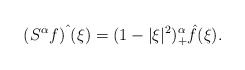
\begin{align*} (S^\alpha f)\hat{\phantom{i}}(\xi) = (1-|\xi|^2)_+^\alpha \hat{f}(\xi).\end{align*}